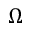
\Omega